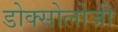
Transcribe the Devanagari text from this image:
डोक्सोलोजी